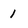
Character: 1